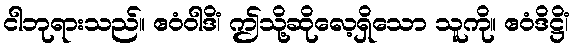
ငါဘုရားသည်။ ဧဝံဝါဒိံ၊ ဤသို့ဆိုလေ့ရှိသော သူကို။ ဧဝံဒိဋ္ဌိံ၊